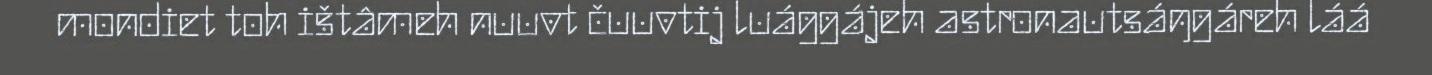
mondiet toh ištâmeh nuuvt čuuvtij luággájeh astronautsáŋgáreh láá